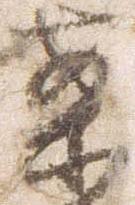
案